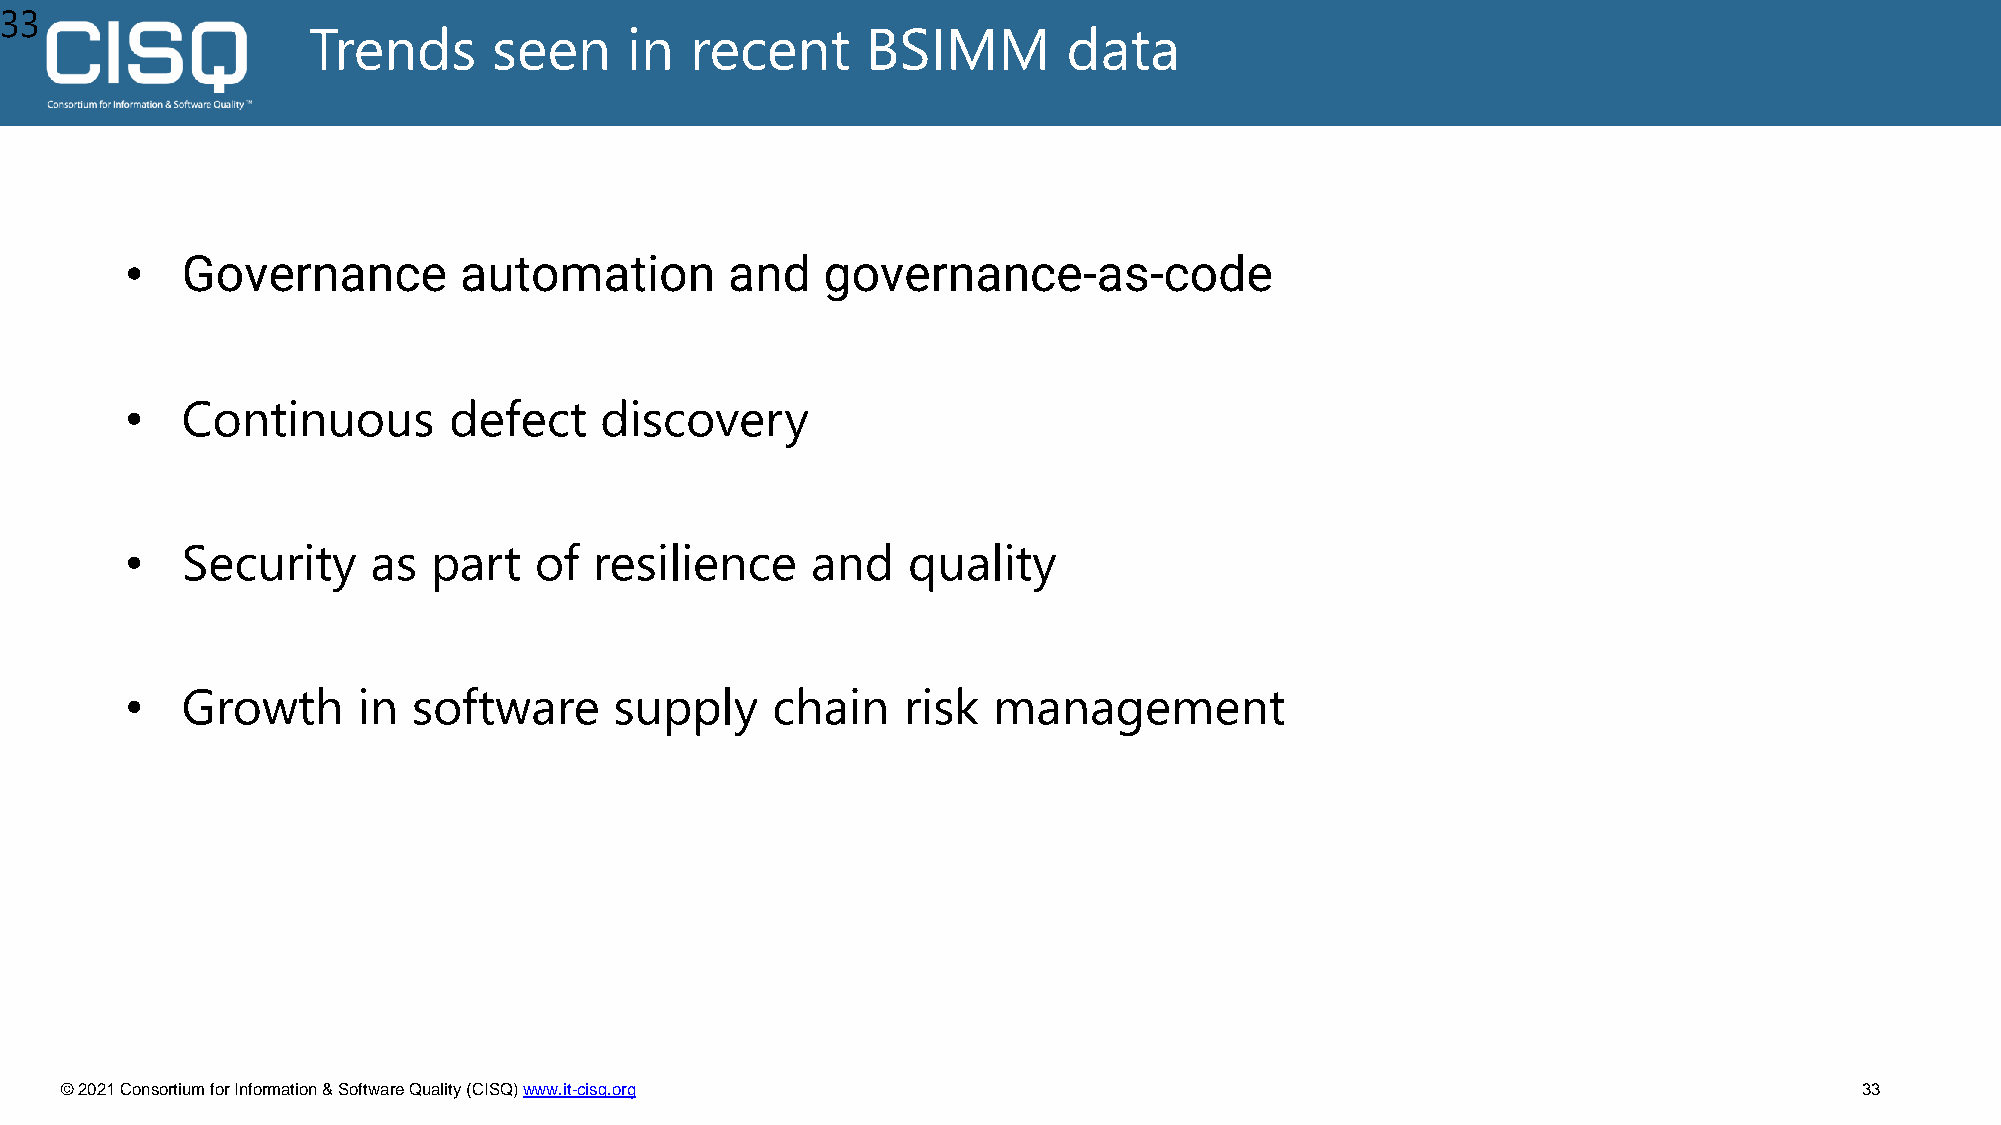
33
 Trends       seen    in   recent     BSIMM         data
 •   Governance        automation        and   governance-as-code
 •   Continuous        defect    discovery
 •   Security     as  part  of  resilience     and   quality
 •   Growth      in software      supply    chain    risk  management
 © 2021 Consortium for Information & Software Quality (CISQ) www.it-cisq.org                                            33